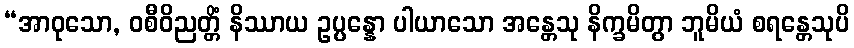
“အာဝုသော, ဝစီဝိညတ္တိံ နိဿာယ ဥပ္ပန္နော ပါယာသော အန္တေသု နိက္ခမိတွာ ဘူမိယံ စရန္တေသုပိ